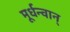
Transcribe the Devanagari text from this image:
मूर्धन्वान्‌